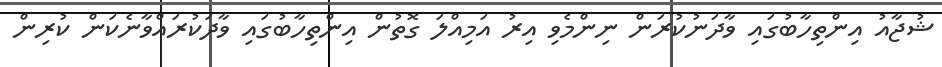
ޝުޖާއު އިންތިހާބުގައި ވާދަނުކުރަން ނިންމެވި އިރު އަމިއްލަ ގޮތުން އިންތިހާބުގައި ވާދަކުރައްވާނެކަން ކުރިން